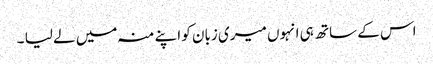
اس کے ساتھ ہی انہوں میری زبان کو اپنے منہ میں لے لیا ۔